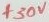
Text: +30V